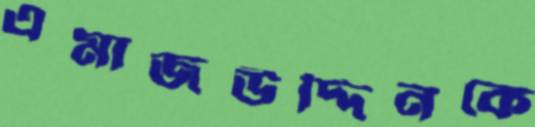
এমাজউদ্দিনকে